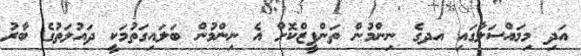
އަދި މިމައްސަލާގައި އދގެ ނިންމުން ތަންފީޒްކޮށް އެ ނިންމުން ބަލައިގަތުމަކީ ދައުލަތުގެ ބާރު